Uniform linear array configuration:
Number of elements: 32
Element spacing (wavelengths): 0.75
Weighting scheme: cosine
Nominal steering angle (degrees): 45
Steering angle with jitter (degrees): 43.647
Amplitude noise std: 0.05
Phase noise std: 0.05

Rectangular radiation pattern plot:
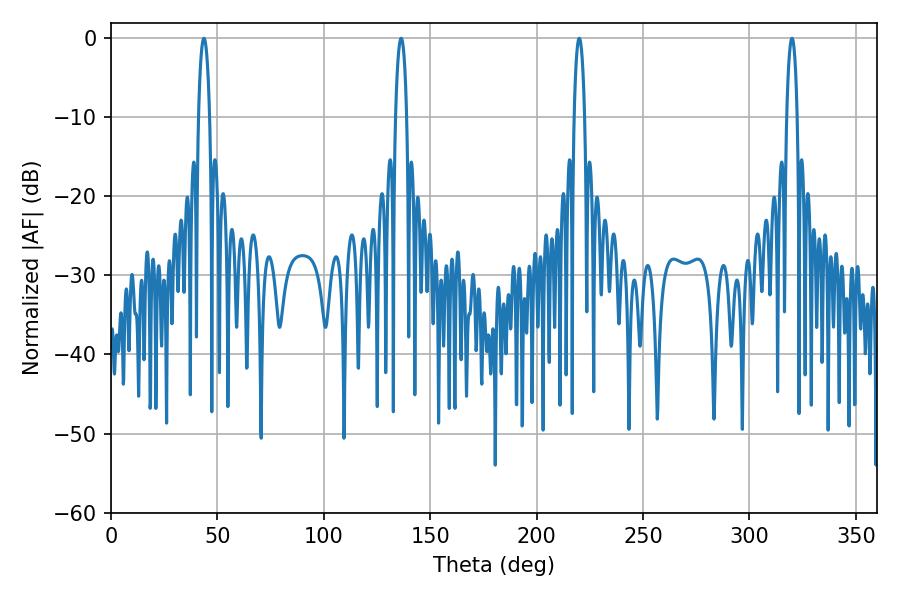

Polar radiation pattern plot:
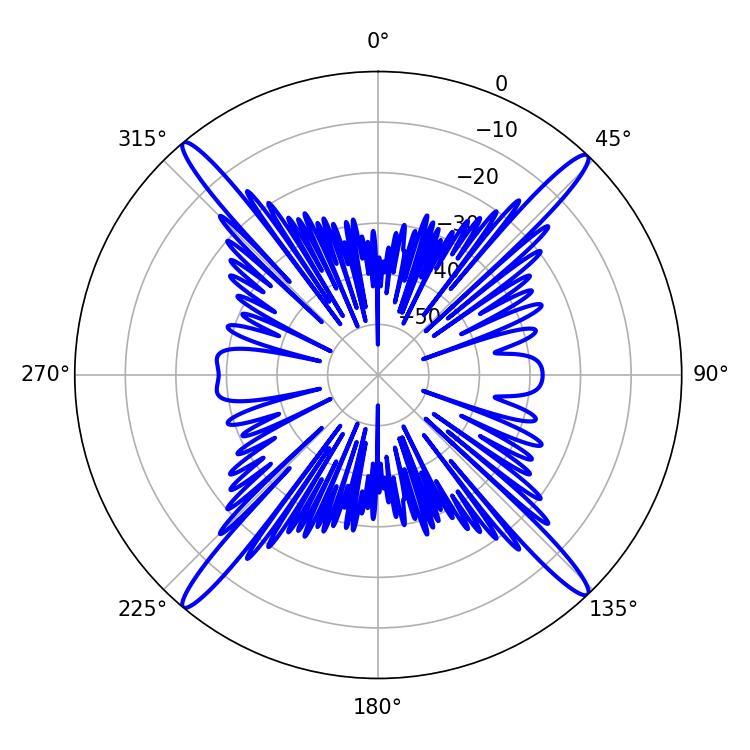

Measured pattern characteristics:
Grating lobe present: TRUE
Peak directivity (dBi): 23.112
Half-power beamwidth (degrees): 2.7
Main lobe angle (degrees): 219.96